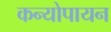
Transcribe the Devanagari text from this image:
कन्योपायन